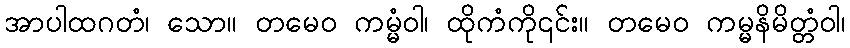
အာပါထဂတံ၊ သော။ တမေဝ ကမ္မံဝါ၊ ထိုကံကို၎င်း။ တမေဝ ကမ္မနိမိတ္တံဝါ၊